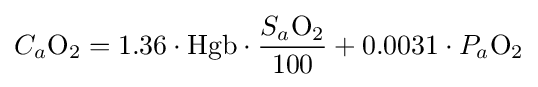
C_{a}{\mathrm {O} {\vphantom {A}}_{\smash[{t}]{2}}}=1.36\cdot {\mathrm {Hgb} }\cdot {\frac {S_{a}{\mathrm {O} {\vphantom {A}}_{\smash[{t}]{2}}}}{100}}+0.0031\cdot P_{a}{\mathrm {O} {\vphantom {A}}_{\smash[{t}]{2}}}